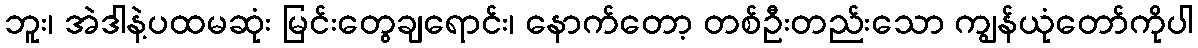
ဘူး၊ အဲဒါနဲ့ပထမဆုံး မြင်းတွေချရောင်း၊ နောက်တော့ တစ်ဦးတည်းသော ကျွန်ယုံတော်ကိုပါ